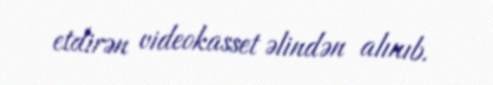
etdirən videokasset əlindən alınıb.